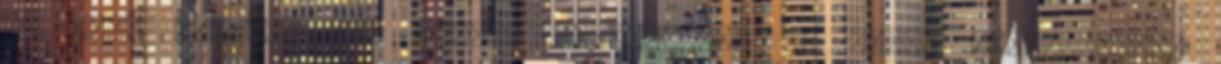
is alig takarja Nem akarok hasonlítani az olyan erkölcstelen